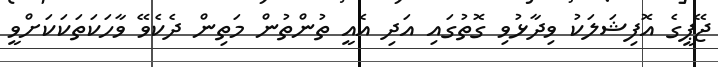
ޖޭޕީގެ އޮފިޝަލަކު ވިދާޅުވި ގޮތުގައި އަދި އެއީ ތުންތުން މަތިން ދެކެވޭ ވާހަކަތަކަކަށްވީ